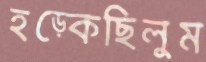
হড়্‌কেছিলুম